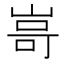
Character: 𭖫